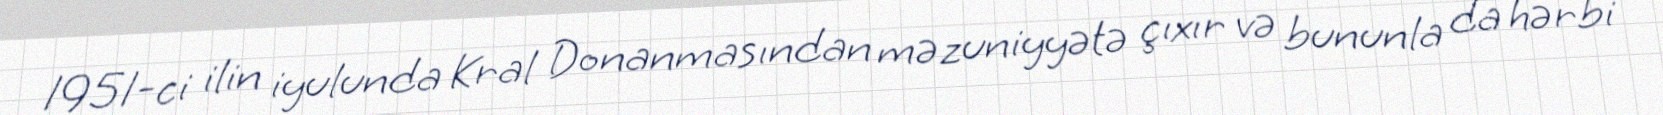
1951-ci ilin iyulunda Kral Donanmasından məzuniyyətə çıxır və bununla da hərbi